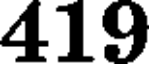
419